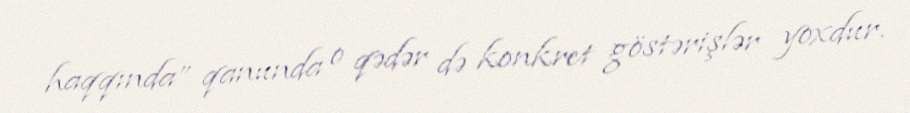
haqqında” qanunda o qədər də konkret göstərişlər yoxdur.